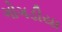
ગોગડીયા